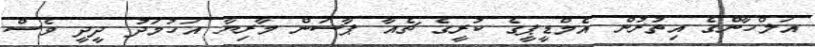
އަލްހާންގެ އިތުރުން އެމްޑީޕީގެ ކުރީގެ ޗެއާ ޕާސަން މާރިޔާ އަހުމަދު ދީދީ ވެސް